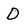
Character: D